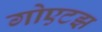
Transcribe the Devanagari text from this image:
गोएटझ